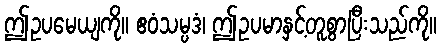
ဤဥပမေယျကို။ ဧဝံသမ္ပဒံ၊ ဤဥပမာနှင့်တူစွာပြီးသည်ကို။